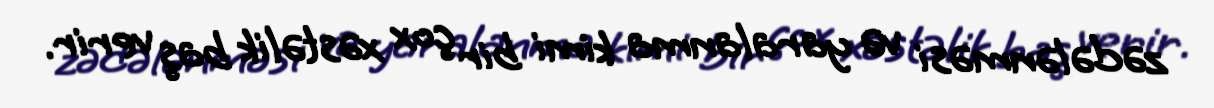
zədələnməsi və yaralanma kimi bir çox xəstəlik baş verir.